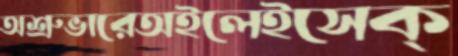
অশ্রুভারেঅইলেইসেক্